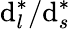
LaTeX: \mathrm{d}_{l}^{*}/\mathrm{d}_{s}^{*}